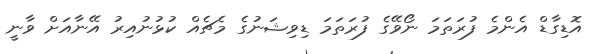
އޮޑިގާޑް އެންމެ ފުރަތަމަ ނޯވޭގެ ފުރަތަމަ ޑިވިޝަނުގެ މެޗެއް ކުޅުނުއިރު އޭނާއަށް ވާނީ